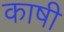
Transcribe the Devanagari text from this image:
काषी